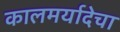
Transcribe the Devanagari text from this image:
कालमर्यादेचा